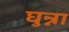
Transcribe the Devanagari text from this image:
घुन्ना